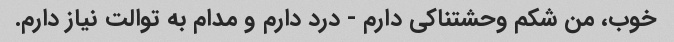
خوب، من شکم وحشتناکی دارم - درد دارم و مدام به توالت نیاز دارم.